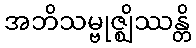
အဘိသမ္ဗုဇ္ဈိဿန္တိ